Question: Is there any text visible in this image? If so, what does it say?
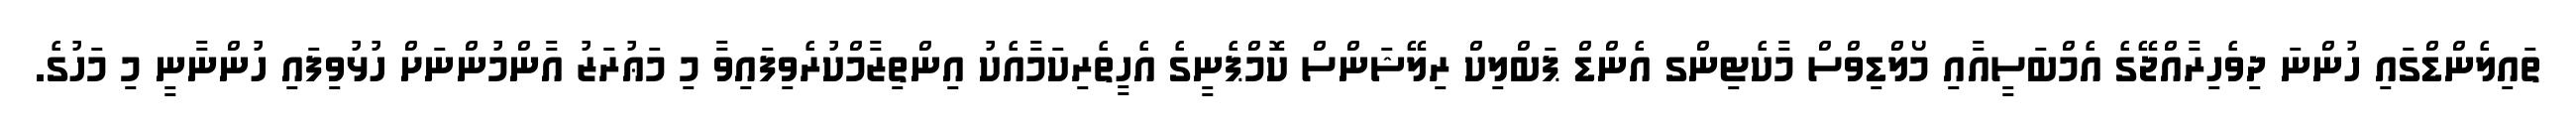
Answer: ތައިލެންޑްގައި ހުންނަ ދިވެހިރާއްޖޭގެ އެމްބަސީއާއި މޯލްޑިވްސް މާކެޓިންގ އެންޑް ޕަބްލިކް ރިލޭޝަންސް ކޮމްޕެނީގެ އެހީތެރިކަމާއެކު އިންތިޒާމްކުރެވިފައިވާ މި މަޢުރަޒު އާންމުންނަށް ހުޅުވިފައި ހުންނާނީ މި މަހުގެ.